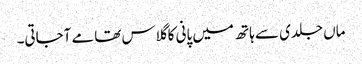
ماں جلدی سے ہاتھ میں پانی کا گلاس تھامے آجاتی۔